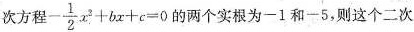
次方程 $$- \frac { 1 } { 2 } x ^ { 2 } + b x + c = 0$$ 的两个实根为-1和-5，则这个二次